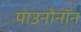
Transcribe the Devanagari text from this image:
पाउनोनॉन